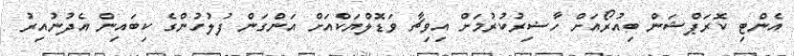
އެންޓި ކޮރަޕްޝަން ބިއުރޯއަށް ހާޟިރުކުރުމަށް އިވިޗާ ވަޑޮލްޔަކްއަށް އަންގަން ފުލުހުންގެ ކިބައިން އެދުނުއިރު